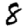
Digit: 8